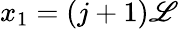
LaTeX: x_{1}=(j+1)\mathscr{L}